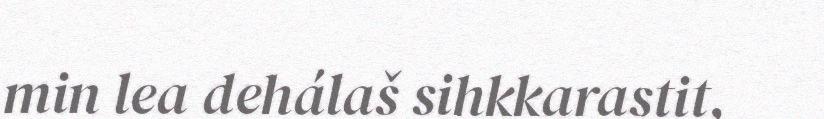
min lea dehálaš sihkkarastit,